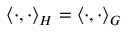
\langle \cdot , \cdot \rangle _ { H } = \langle \cdot , \cdot \rangle _ { G }